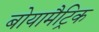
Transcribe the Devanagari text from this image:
बोयामैट्रिक